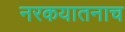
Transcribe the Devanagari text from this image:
नरकयातनाच